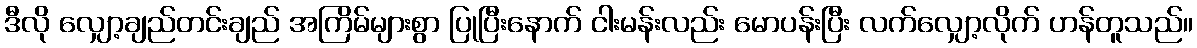
ဒီလို လျှော့ချည်တင်းချည် အကြိမ်များစွာ ပြုပြီးနောက် ငါးမန်းလည်း မောပန်းပြီး လက်လျှော့လိုက် ဟန်တူသည်။